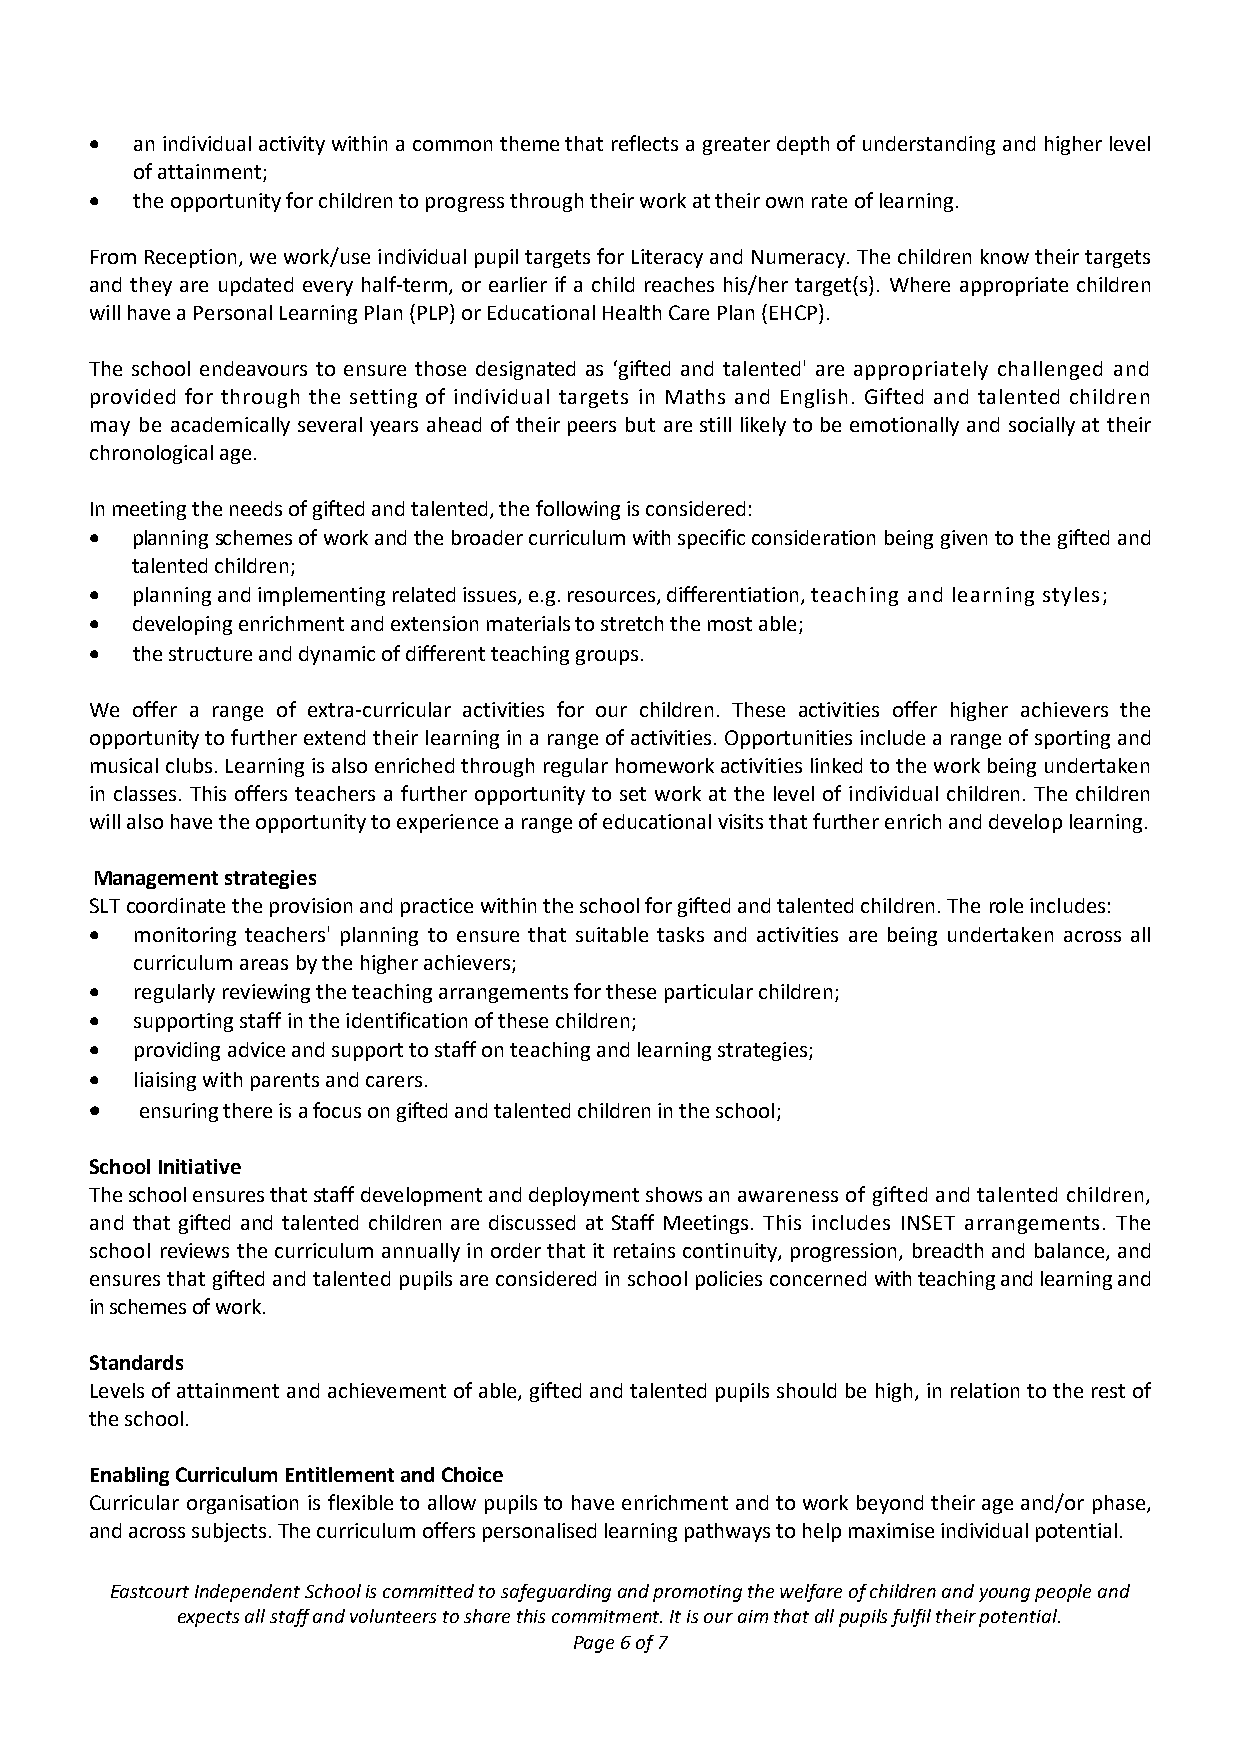
•  an individual activity within a common theme that reflects a greater depth of understanding and higher level
 of attainment;
 •  the opportunity for children to progress through their work at their own rate of learning.
 From Reception, we work/use individual pupil targets for Literacy and Numeracy. The children know their targets
 and they are updated every half-term, or earlier if a child reaches his/her target(s). Where appropriate children
 will have a Personal Learning Plan (PLP) or Educational Health Care Plan (EHCP).
 The school endeavours to ensure those designated as ‘gifted and talented' are appropriately challenged and
 provided for through the setting of individual targets in Maths and English. Gifted and talented children
 may be academically several years ahead of their peers but are still likely to be emotionally and socially at their
 chronological age.
 In meeting the needs of gifted and talented, the following is considered:
 •  planning schemes of work and the broader curriculum with specific consideration being given to the gifted and
 talented children;
 •  planning and implementing related issues, e.g. resources, differentiation, teaching and learning styles;
 •  developing enrichment and extension materials to stretch the most able;
 •  the structure and dynamic of different teaching groups.
 We offer a range of extra-curricular activities for our children. These activities offer higher achievers the
 opportunity to further extend their learning in a range of activities. Opportunities include a range of sporting and
 musical clubs. Learning is also enriched through regular homework activities linked to the work being undertaken
 in classes. This offers teachers a further opportunity to set work at the level of individual children. The children
 will also have the opportunity to experience a range of educational visits that further enrich and develop learning.
 Management strategies
 SLT coordinate the provision and practice within the school for gifted and talented children. The role includes:
 •  monitoring teachers' planning to ensure that suitable tasks and activities are being undertaken across all
 curriculum areas by the higher achievers;
 •  regularly reviewing the teaching arrangements for these particular children;
 •  supporting staff in the identification of these children;
 •  providing advice and support to staff on teaching and learning strategies;
 •  liaising with parents and carers.
 •  ensuring there is a focus on gifted and talented children in the school;
 School Initiative
 The school ensures that staff development and deployment shows an awareness of gifted and talented children,
 and that gifted and talented children are discussed at Staff Meetings. This includes INSET arrangements. The
 school reviews the curriculum annually in order that it retains continuity, progression, breadth and balance, and
 ensures that gifted and talented pupils are considered in school policies concerned with teaching and learning and
 in schemes of work.
 Standards
 Levels of attainment and achievement of able, gifted and talented pupils should be high, in relation to the rest of
 the school.
 Enabling Curriculum Entitlement and Choice
 Curricular organisation is flexible to allow pupils to have enrichment and to work beyond their age and/or phase,
 and across subjects. The curriculum offers personalised learning pathways to help maximise individual potential.
 Eastcourt Independent School is committed to safeguarding and promoting the welfare of children and young people and
 expects all staff and volunteers to share this commitment. It is our aim that all pupils fulfil their potential.
 Page 6 of 7